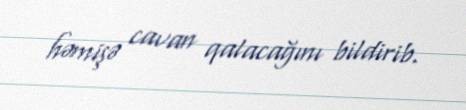
həmişə cavan qalacağını bildirib.